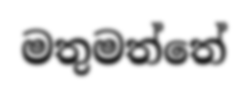
මතුමත්තේ